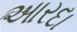
આરદા